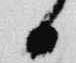
日